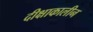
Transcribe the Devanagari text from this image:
दीक्षाकालीन